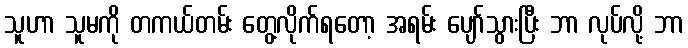
သူဟာ သူမကို တကယ်တမ်း တွေ့လိုက်ရတော့ အရမ်း ပျော်သွားပြီး ဘာ လုပ်လို့ ဘာ